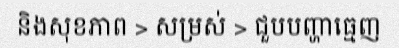
និងសុខភាព > សម្រស់ > ជួបបញ្ហាធ្មេញ